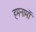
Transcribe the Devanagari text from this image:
हमनामों